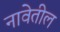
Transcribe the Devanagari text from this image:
नावेतील